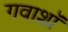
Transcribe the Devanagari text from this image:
गवाशॉ